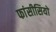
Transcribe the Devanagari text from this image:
फांसीसियों